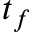
t _ { f }